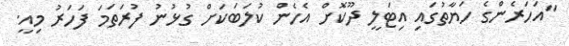
"އަހަރެންގެ ހަޔާތުގައި އިޓަލީ ދޫކޮށް އެހެން ކުލަބަކަށް ގުޅުނު ފުރަތަމަ ފަހަރު މިއީ.